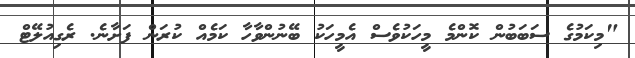
"މިކަމުގެ ސަބަބުން ކޮންމެ މީހަކުވެސް އެމީހަކު ބޭނުންވާހާ ކަމެއް ކުރަން ފަށާނެ. ރެގިއުލޭޓް